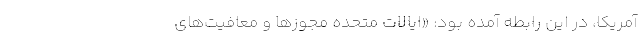
آمریکا، در این رابطه آمده بود: «ایالات متحده مجوزها و معافیت‌های